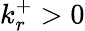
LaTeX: k_{r}^{+}>0